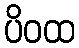
ပိဝထ